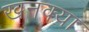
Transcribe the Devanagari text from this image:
खनक्या